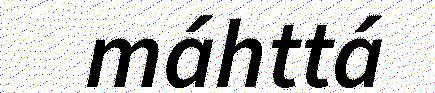
máhttá